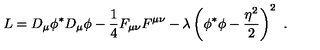
L = D _ { \mu } \phi ^ { * } D _ { \mu } \phi - { \frac { 1 } { 4 } } F _ { \mu \nu } F ^ { \mu \nu } - { \lambda } \left( \phi ^ { * } \phi - { \frac { \eta ^ { 2 } } { 2 } } \right) ^ { 2 } \ .